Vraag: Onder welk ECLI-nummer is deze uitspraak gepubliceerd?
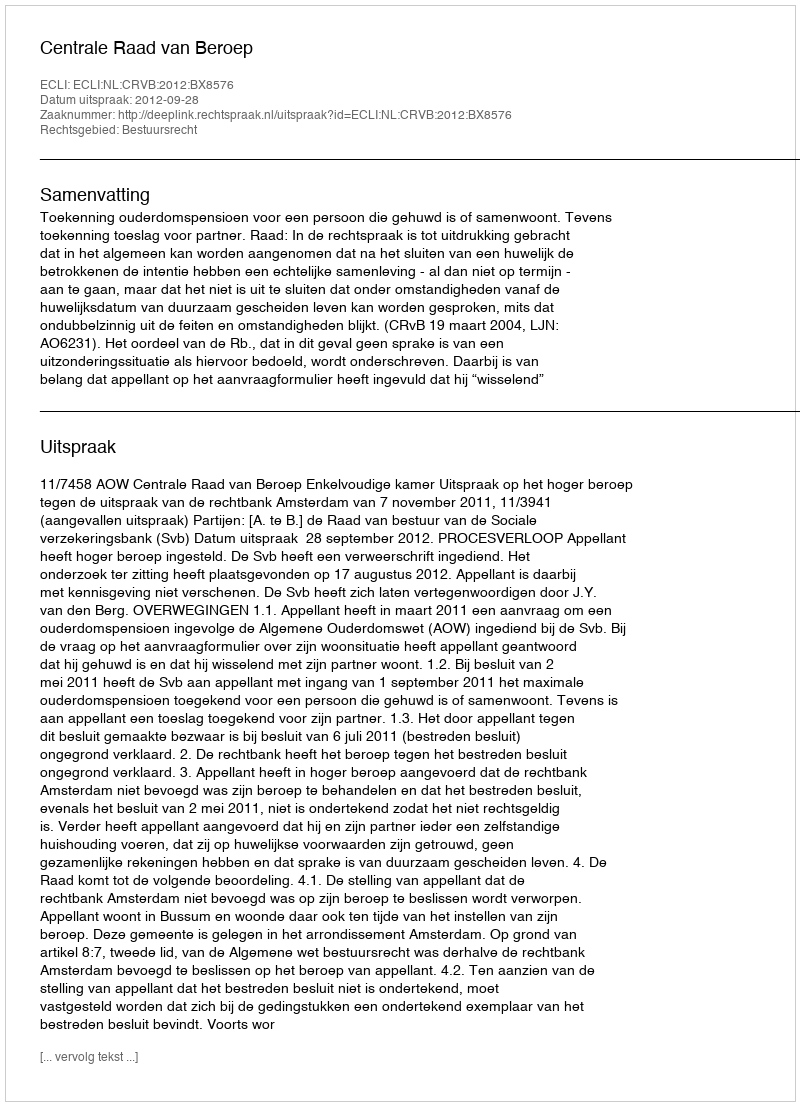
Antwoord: ECLI:NL:CRVB:2012:BX8576